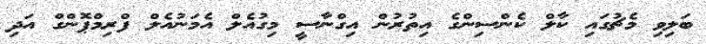
ބަލިވި މެޗުގައި ކާލް ކެންސިންގެ އިތުރުން އިގްނާސީ މިގުއެލް އެމަނުއެލް ފްރިމްޕޮންގް އަދި